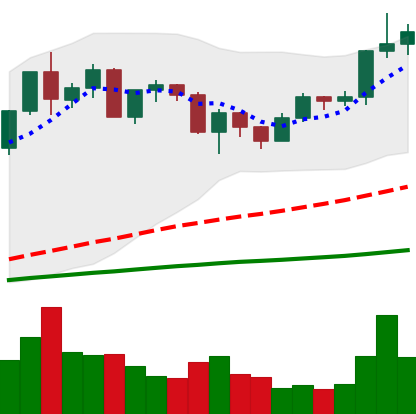
Ticker: ETH-USD
Chart end date: 2020-12-18
Forward return: -10.858%
Label: down_7plus